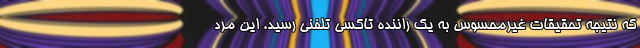
که نتیجه تحقیقات غیرمحسوس به یک راننده تاکسی تلفنی رسید. این مرد